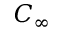
C _ { \infty }